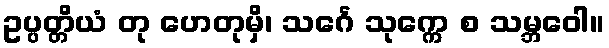
ဥပ္ပတ္တိယံ တု ဟေတုမှိ၊ သင်္ဂေ သုက္ကေ စ သမ္ဘဝေါ။